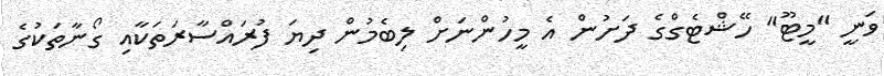
ވަނީ "މީޓޫ" ހޭޝްޓެގްގެ ދަށުން އެ މީހުންނަށް ލިބެމުން ދިޔަ ފުރައްސާރަތަކާއި ގޯނާތަކުގެ